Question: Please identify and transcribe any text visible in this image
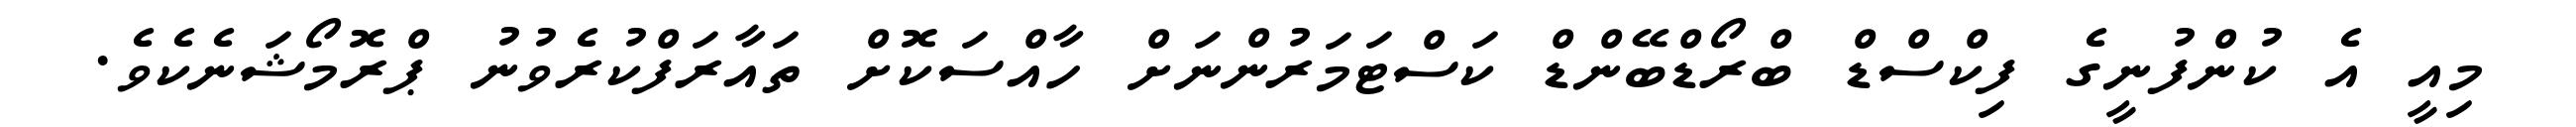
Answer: މިއީ އެ ކުންފުނީގެ ފިކްސްޑް ބްރޯޑްބޭންޑް ކަސްޓަމަރުންނަށް ހާއްސަކޮށް ތައާރަފްކުރެވުނު ޕްރޮމޯޝަނެކެވެ.